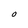
Character: O